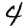
Digit: 4